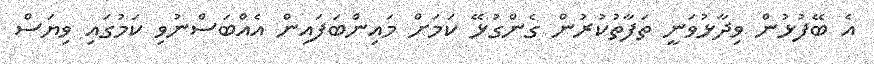
އެ ބޭފުޅުން ވިދާޅުވަނީ ތަފާތުކުރުން ގެންގުޅޭ ކަމަށް މައިންބަފައިން އެއްބަސްނުވި ކަމުގައި ވިޔަސް